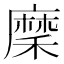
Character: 穈